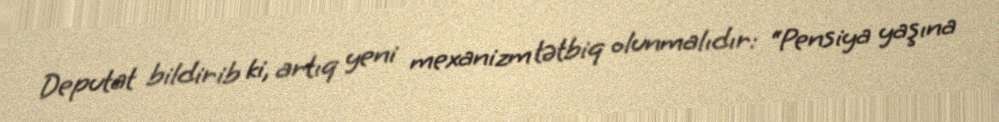
Deputat bildirib ki, artıq yeni mexanizm tətbiq olunmalıdır: “Pensiya yaşına